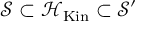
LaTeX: { \mathcal { S } } \subset { \mathcal { H } } _ { \mathrm { K i n } } \subset { \mathcal { S } } ^ { \prime }